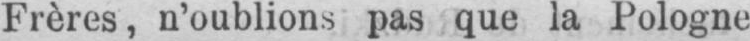
Frères, n’oublions pas que la Pologne